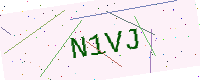
Text: N1VJ